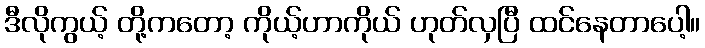
ဒီလိုကွယ့် တို့ကတော့ ကိုယ့်ဟာကိုယ် ဟုတ်လှပြီ ထင်နေတာပေါ့။